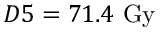
D 5 = 7 1 . 4 ~ \mathrm { G y }